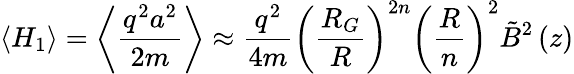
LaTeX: \langle H_{1}\rangle=\left\langle\frac{q^{2}a^{2}}{2m}\right\rangle\approx\frac{q^{2}}{4m}\left(\frac{R_{G}}{R}\right)^{2n}\left(\frac{R}{n}\right)^{2}\tilde{B}^{2}\left(z\right)